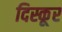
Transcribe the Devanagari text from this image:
दिस्कूर